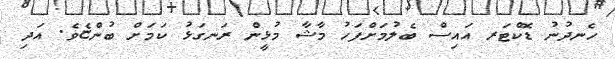
ހެނދުނު ޑޮކްޓަރ އައިސް ބެލުމަށްފަހު މާޝާ މުޅީން ރަނގަޅު ކަމަށް ބުންޏެވެ. އަދި